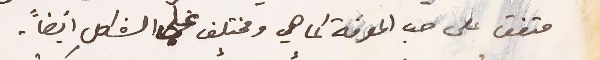
متفق على حب المعرفة كما هي ومختلف على الشكلِ ايضاً.